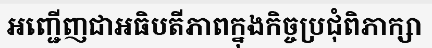
អញ្ជើញជាអធិបតីភាពក្នុងកិច្ចប្រជុំពិភាក្សា